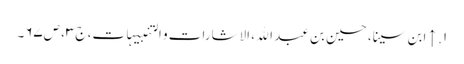
۱. ↑ ابن سینا، حسین بن عبد الله، الاشارات و التنبیہات، ج‌۳، ص‌۶۷‌۔